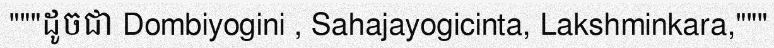
"""ដូចជា Dombiyogini , Sahajayogicinta, Lakshminkara,"""